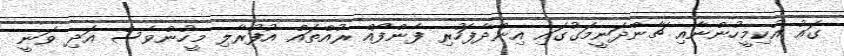
ގައު އުކިމީހުންނާއި ޗާންދަނީމަގުގައި އިންދާފަހުރި ފެންފޯއް ރުއްތައް އުފުރާލި މީހުންވެސް އަދި ވަނީ